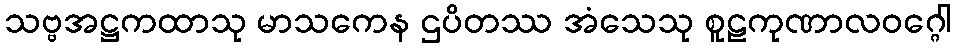
သဗ္ဗအဋ္ဌကထာသု မာသကေန ဌပိတဿ အံသေသု စူဠကုဏာလဝဂ္ဂေါ